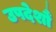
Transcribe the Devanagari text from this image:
उपदेशौं